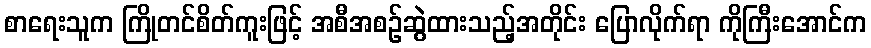
စာရေးသူက ကြိုတင်စိတ်ကူးဖြင့် အစီအစဉ်ဆွဲထားသည့်အတိုင်း ပြောလိုက်ရာ ကိုကြီးအောင်က